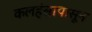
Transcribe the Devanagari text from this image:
कलहंसापासून